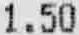
1.50